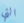
التي